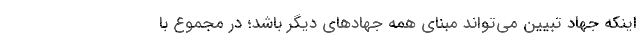
اینکه جهاد تبیین می‌تواند مبنای همه جهادهای دیگر باشد؛ در مجموع با